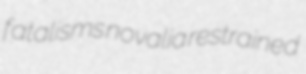
fatalisms novalia restrained